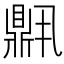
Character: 𬹧